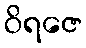
ဝိရဇေ